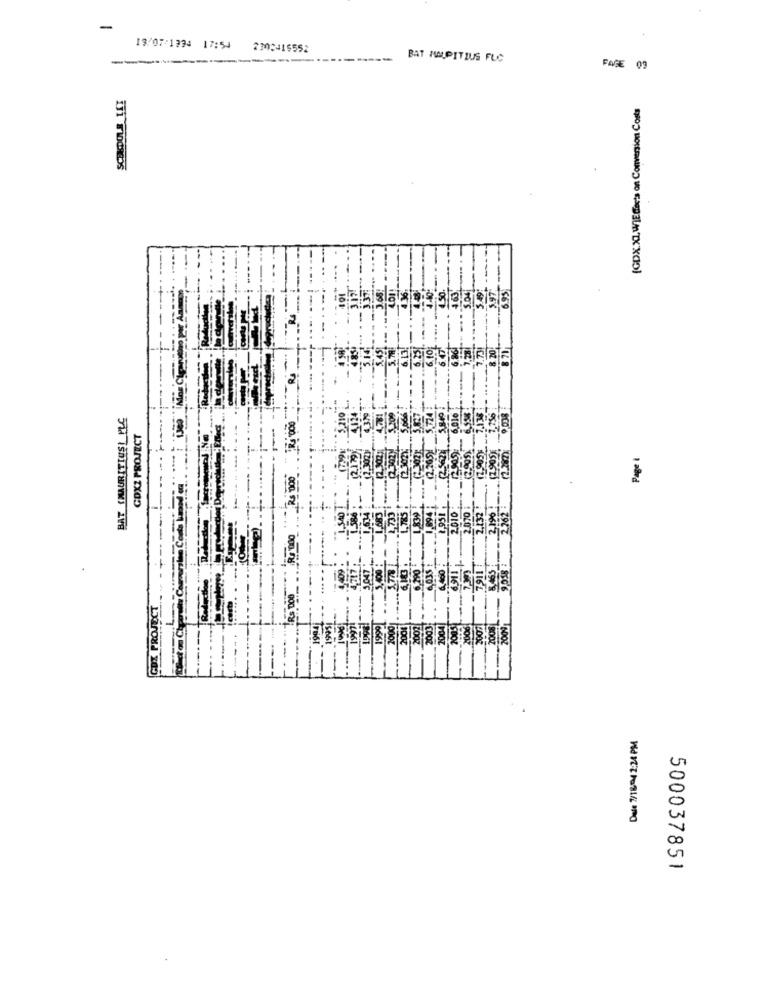
-
13/07/1994 17:54
232415552
BAT AMPITIUS FLC
FAGE 09
[GDXXL, WIE die's on Conversion Costs
BAT (MAURITIUS! PLC
COXZ PROJECT
Page &
Rs DO
500037851